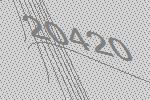
20420